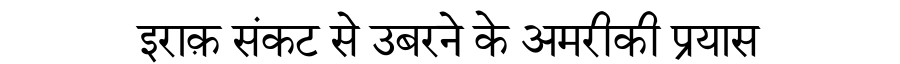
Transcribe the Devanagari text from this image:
इराक़ संकट से उबरने के अमरीकी प्रयास